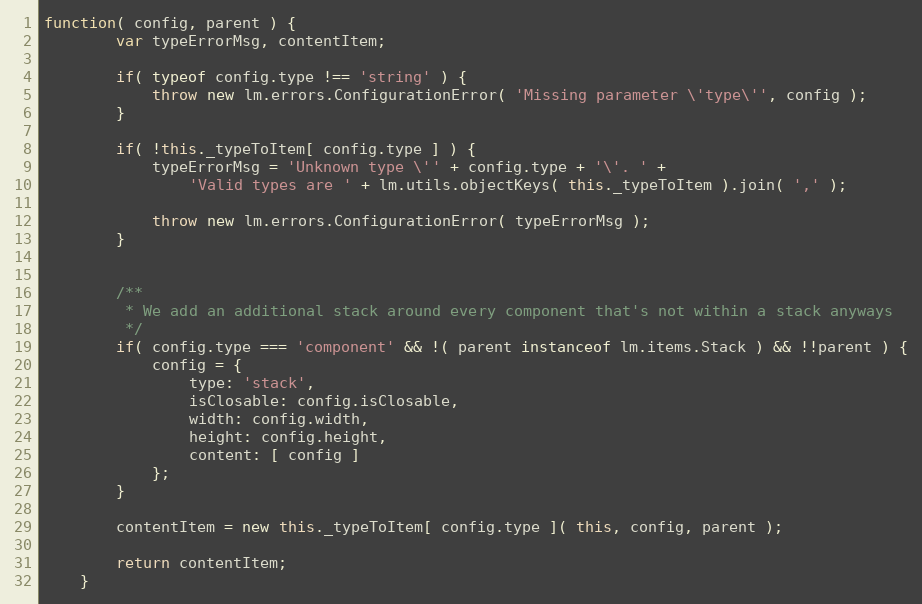
Language: JavaScript
function( config, parent ) {
		var typeErrorMsg, contentItem;

		if( typeof config.type !== 'string' ) {
			throw new lm.errors.ConfigurationError( 'Missing parameter \'type\'', config );
		}

		if( !this._typeToItem[ config.type ] ) {
			typeErrorMsg = 'Unknown type \'' + config.type + '\'. ' +
				'Valid types are ' + lm.utils.objectKeys( this._typeToItem ).join( ',' );

			throw new lm.errors.ConfigurationError( typeErrorMsg );
		}

		/**
		 * We add an additional stack around every component that's not within a stack anyways
		 */
		if( config.type === 'component' && !( parent instanceof lm.items.Stack ) && !!parent ) {
			config = {
				type: 'stack',
				isClosable: config.isClosable,
				width: config.width,
				height: config.height,
				content: [ config ]
			};
		}

		contentItem = new this._typeToItem[ config.type ]( this, config, parent );

		return contentItem;
	}